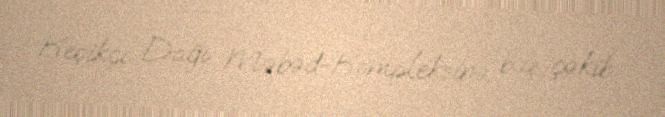
Keşikçi Dağı Məbəd-Kompleksinə baş çəkib.